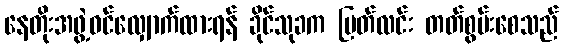
နေတိုးအဖွဲ့ဝင်လျှောက်ထားရန် ခိုင်သုခက မြတ်လင်း တတ်စွမ်းစေသည်